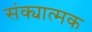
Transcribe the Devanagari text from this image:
संक्यात्मक